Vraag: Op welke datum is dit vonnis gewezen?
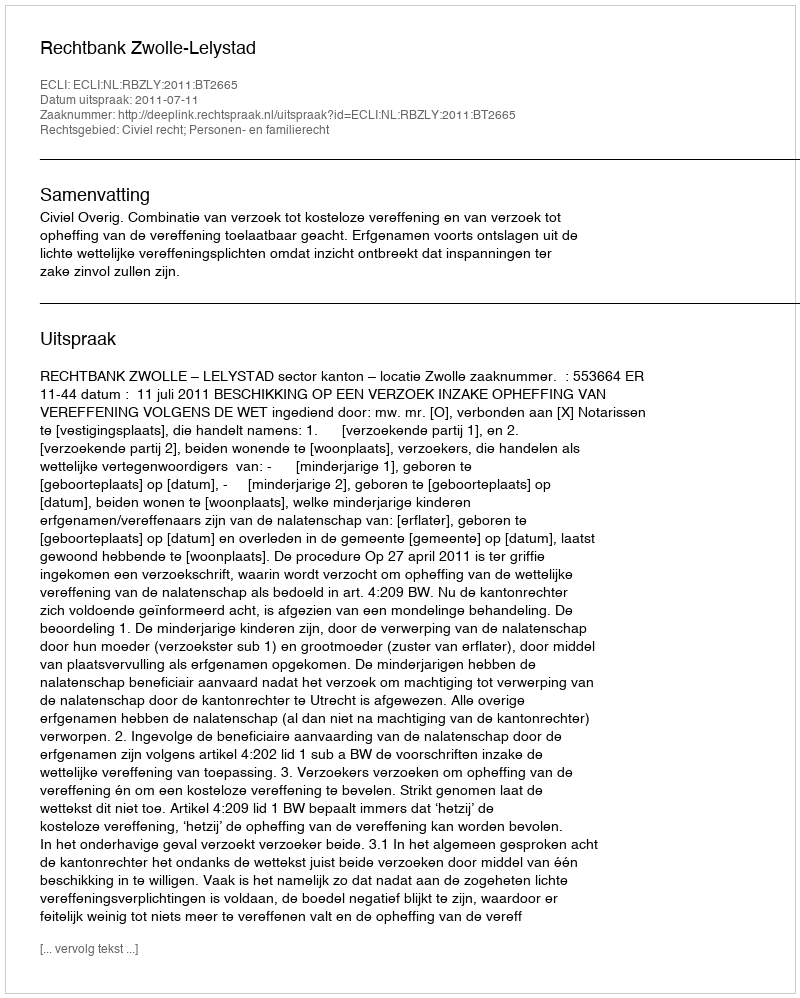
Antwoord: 2011-07-11